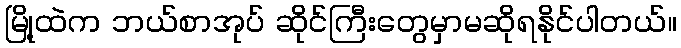
မြို့ထဲက ဘယ်စာအုပ် ဆိုင်ကြီးတွေမှာမဆိုရနိုင်ပါတယ်။